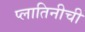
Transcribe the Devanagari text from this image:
प्लातिनीची